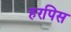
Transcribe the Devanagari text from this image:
हरपिस